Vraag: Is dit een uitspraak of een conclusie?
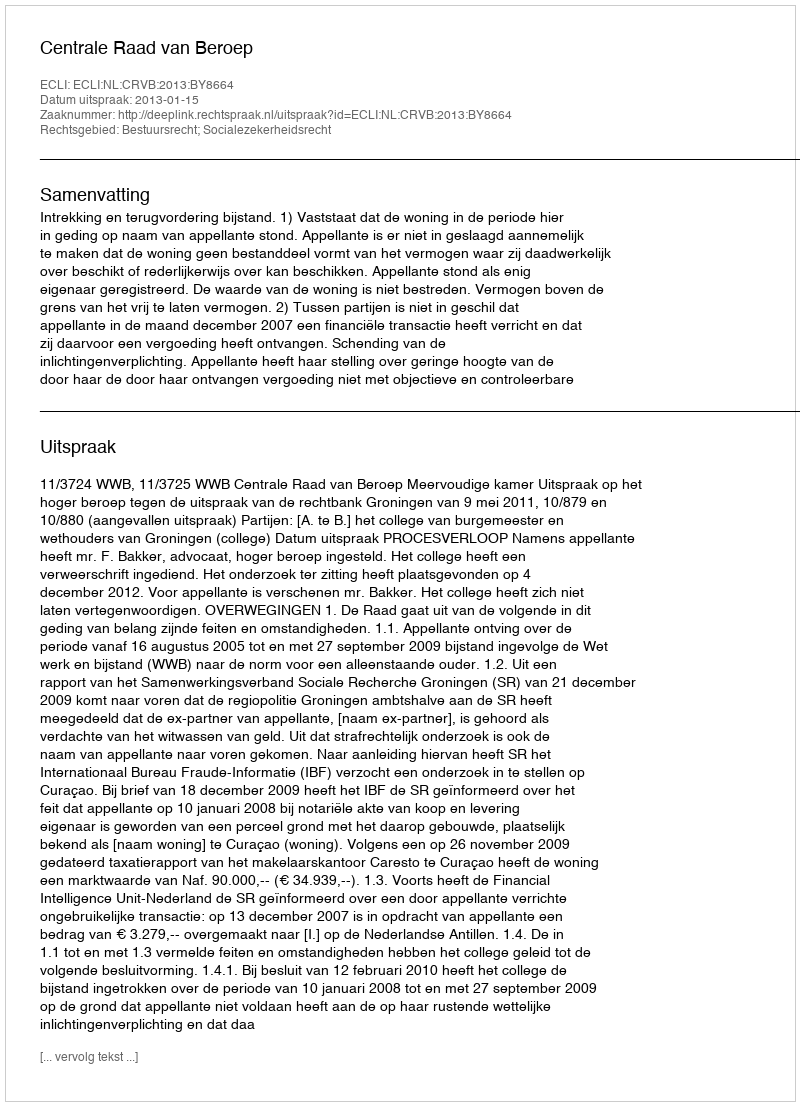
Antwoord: Uitspraak